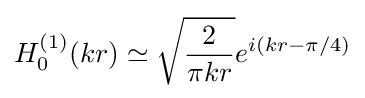
H_{0}^{(1)}(kr)\simeq {\sqrt {\frac {2}{\pi kr}}}e^{i(kr-\pi /4)}